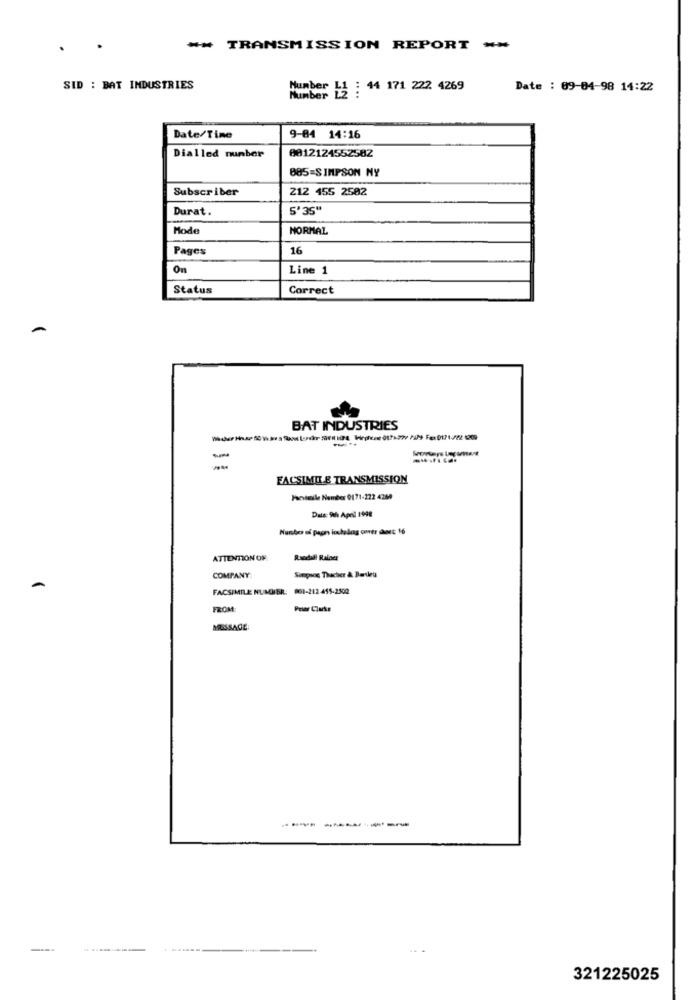
** TRANSMISSION REPORT **
SID : BAT INDUSTRIES
Number L1 : 44 171 222 4269
Date : 09-04-98 14:22
Number
Date/Time
9-04 14:16
Dialled number
0012124552582
885=SIMPSON NY
Subscriber
212 455 2502
Durat.
S'35"
Mode
NORMAL
Pages
16
On
Line 1
Status
Correct
BAT INDUSTRIES
-
FACSIMILE TRANSMISSION
Parviele Number 0171-222 4260
Dals: 9th April 1998
ATTENTION OF:
Randall Ralaer
COMPANY:
Siepsoe Thacher & Bentley
FACSIMILE NUMMER:
08-212 455-2500
FROM
MUSSACE
321225025